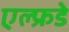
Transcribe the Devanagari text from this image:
एल्फ्रडे